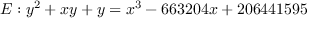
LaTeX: E : y ^ { 2 } + x y + y = x ^ { 3 } - 6 6 3 2 0 4 x + 2 0 6 4 4 1 5 9 5